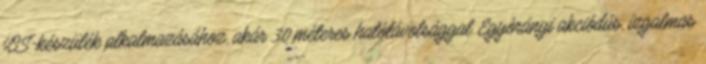
iOS-készülék alkalmazásához, akár 30 méteres hatótávolsággal Egyórányi akciódús, izgalmas